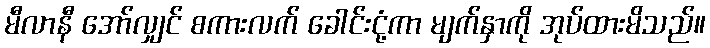
မီလာနီ အော်လျှင် စကားလက် ခေါင်းငုံ့ကာ မျက်နှာကို အုပ်ထားမိသည်။